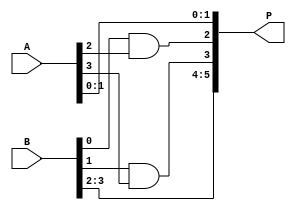
module ex03 (
    input [3:0]A,
    input [3:0]B,
    output [5:0]P);

 assign P = {B[3:2], B[1] & A[3], B[0] & A[2], A[1:0]};
 
 endmodule